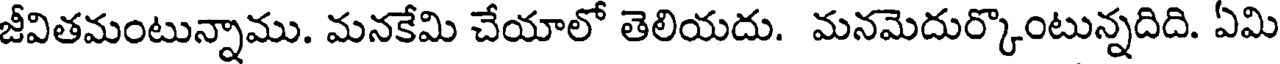
జీవితమంటున్నాము. మనకేమి చేయాలో తెలియదు. మనమెదుర్కొంటున్నదిది. ఏమి